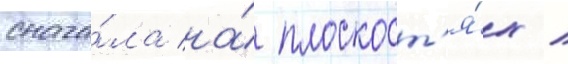
снача́ла на́ плоскост'я́х /